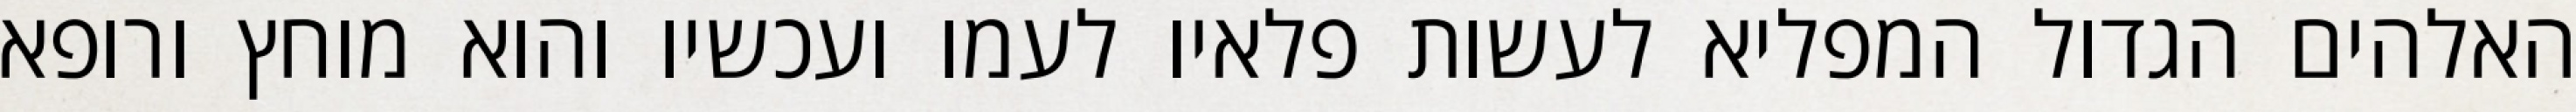
האלהים הגדול המפליא לעשות פלאיו לעמו ועכשיו והוא מוחץ ורופא